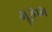
મૂકામ